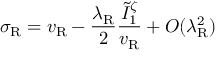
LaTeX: \sigma _ { \mathrm { R } } = v _ { \mathrm { R } } - \frac { \lambda _ { \mathrm { R } } } { 2 } \frac { \tilde { I } _ { 1 } ^ { \zeta } } { v _ { \mathrm { R } } } + O ( \lambda _ { \mathrm { R } } ^ { 2 } )